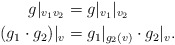
\begin{align*}g|_{v_1 v_2}&=g|_{v_1}|_{v_2}\\(g_1\cdot g_2)|_v&=g_1|_{g_2(v)}\cdot g_2|_v.\end{align*}